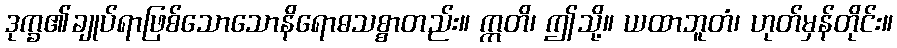
ဒုက္ခ၏ချုပ်ရာဖြစ်သောသောနိရောဓသစ္စာတည်း။ ဣတိ၊ ဤသို့။ ယထာဘူတံ၊ ဟုတ်မှန်တိုင်း။